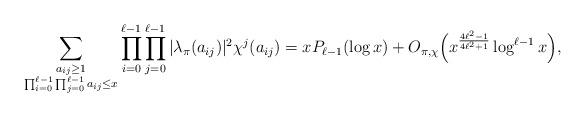
\begin{align*}\sum_{\substack{a_{ij} \geq 1 \\ \prod_{i=0}^{\ell-1} \prod_{j=0}^{\ell-1} a_{ij} \leq x}}\prod_{i=0}^{\ell-1} \prod_{j=0}^{\ell-1} |\lambda_{\pi} (a_{ij})|^2 \chi^j (a_{ij}) = x P_{\ell-1} (\log x) +O_{\pi,\chi} \Big(x^{\frac{4 \ell^2 -1}{4 \ell^2 +1}} \log^{\ell-1} x \Big),\end{align*}